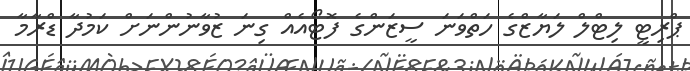
ޕްރިޓީ ލިޓްލް ލަޔާޒްގެ ހަތްވަނަ ސީޒަންގެ ފޮޓޯއެއް ގިނަ ޒުވާނުންނަށް ކަމުދާ ޑްރާމާ